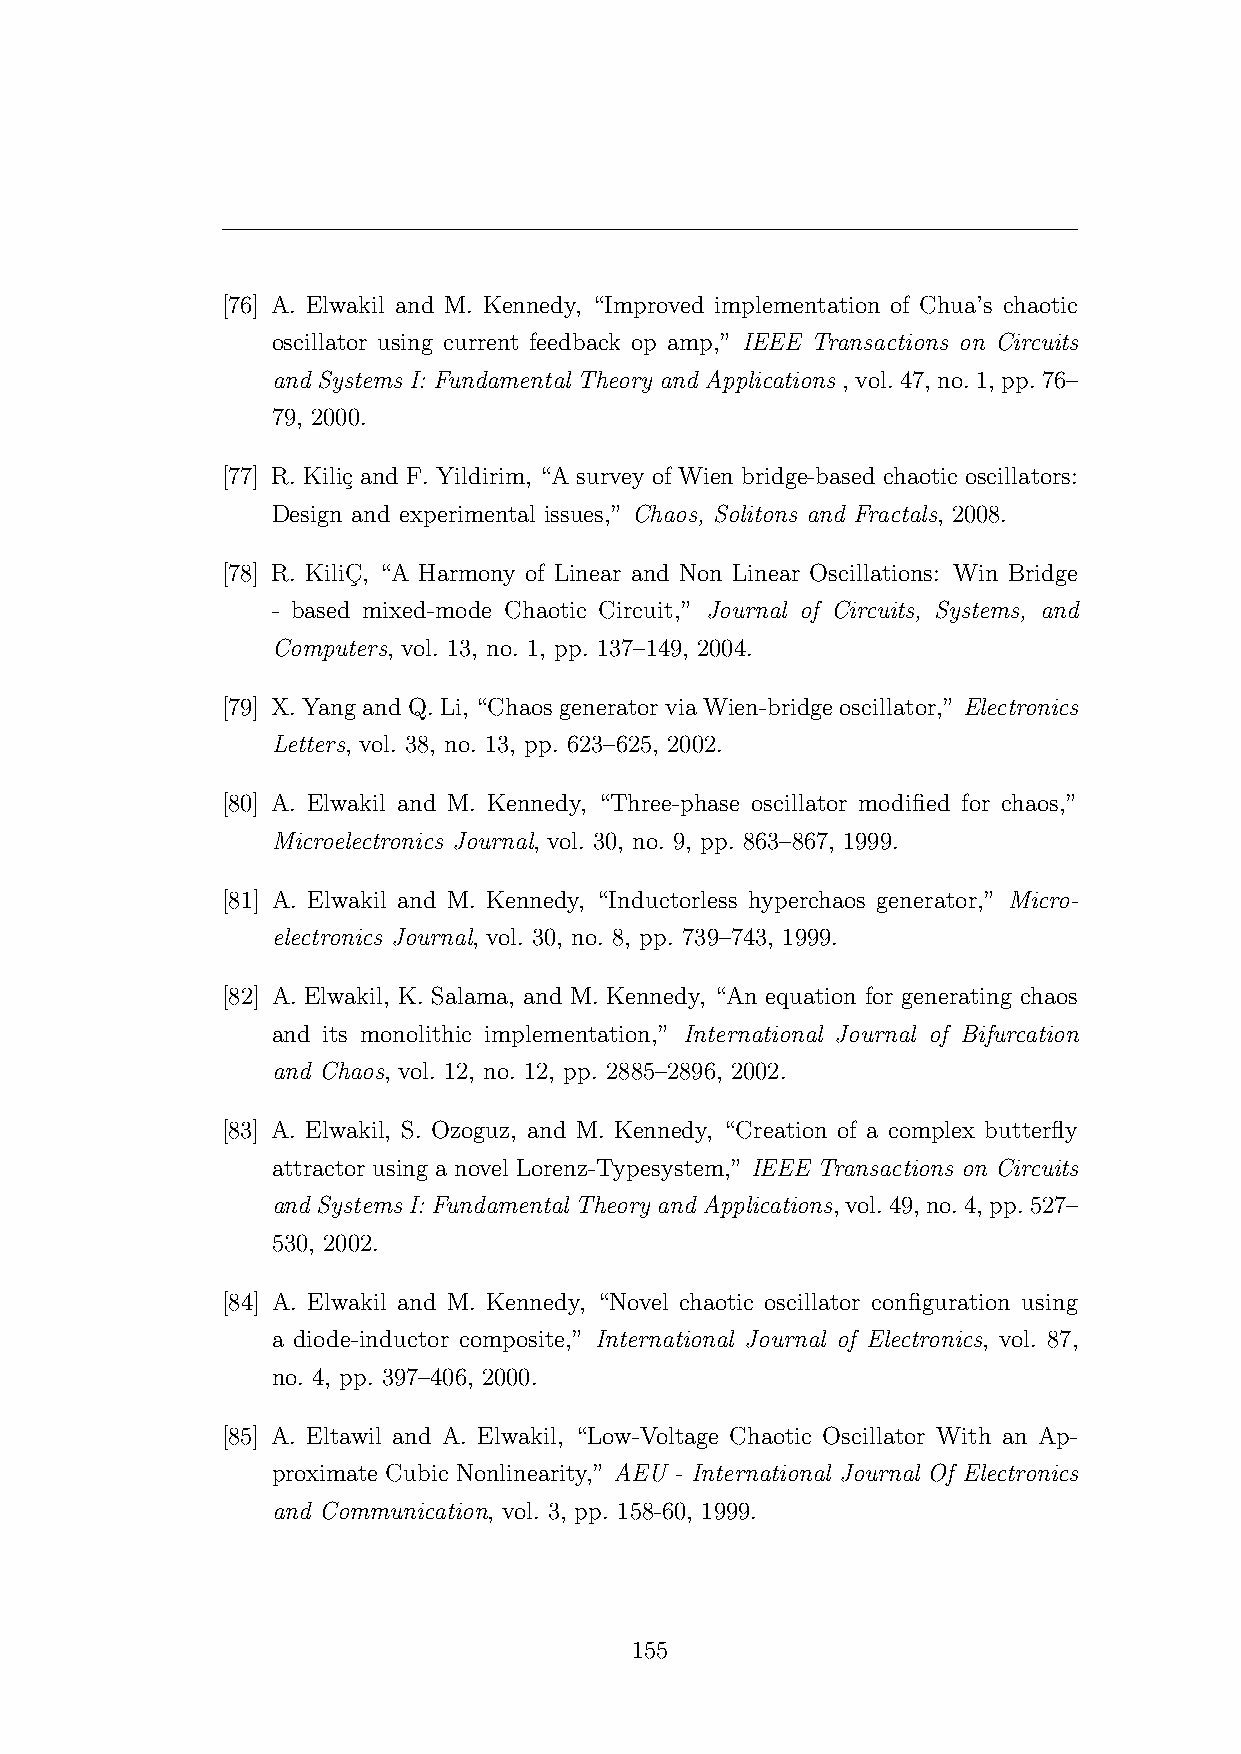
[76] A. Elwakil and M. Kennedy, “Improved implementation of Chua’s chaotic
 oscillator using current feedback op amp,” IEEE Transactions on Circuits
 and Systems I: Fundamental Theory and Applications , vol.47, no.1, pp.76–
 79, 2000.
 [77] R. Kili¸c and F. Yildirim, “A survey of Wien bridge-based chaotic oscillators:
 Design and experimental issues,” Chaos, Solitons and Fractals, 2008.
 [78] R. KiliC¸, “A Harmony of Linear and Non Linear Oscillations: Win Bridge
 - based mixed-mode Chaotic Circuit,” Journal of Circuits, Systems, and
 Computers, vol. 13, no. 1, pp. 137–149, 2004.
 [79] X.YangandQ.Li, “ChaosgeneratorviaWien-bridgeoscillator,” Electronics
 Letters, vol. 38, no. 13, pp. 623–625, 2002.
 [80] A. Elwakil and M. Kennedy, “Three-phase oscillator modified for chaos,”
 Microelectronics Journal, vol. 30, no. 9, pp. 863–867, 1999.
 [81] A. Elwakil and M. Kennedy, “Inductorless hyperchaos generator,” Micro-
 electronics Journal, vol. 30, no. 8, pp. 739–743, 1999.
 [82] A. Elwakil, K. Salama, and M. Kennedy, “An equation for generating chaos
 and its monolithic implementation,” International Journal of Bifurcation
 and Chaos, vol. 12, no. 12, pp. 2885–2896, 2002.
 [83] A. Elwakil, S. Ozoguz, and M. Kennedy, “Creation of a complex butterfly
 attractor using a novel Lorenz-Typesystem,” IEEE Transactions on Circuits
 and Systems I: Fundamental Theory and Applications,vol.49,no.4,pp.527–
 530, 2002.
 [84] A. Elwakil and M. Kennedy, “Novel chaotic oscillator configuration using
 a diode-inductor composite,” International Journal of Electronics, vol. 87,
 no. 4, pp. 397–406, 2000.
 [85] A. Eltawil and A. Elwakil, “Low-Voltage Chaotic Oscillator With an Ap-
 proximate Cubic Nonlinearity,” AEU - International Journal Of Electronics
 and Communication, vol. 3, pp. 158-60, 1999.
 155